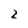
Character: 2